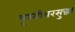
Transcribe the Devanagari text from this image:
पृथ्वीवरसुद्धा